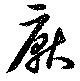
厭